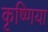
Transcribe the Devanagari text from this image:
कृष्णिया